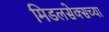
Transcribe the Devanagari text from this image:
मिडलसेक्सच्या